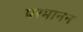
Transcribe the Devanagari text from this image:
परमानन